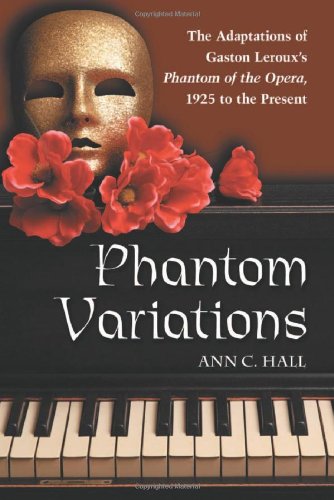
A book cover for Phantom Variations: The Adaptations of Gaston Leroux's Phantom of the Opera, 1925 to the Present; Ann C. Hall; Humor & Entertainment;